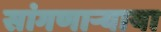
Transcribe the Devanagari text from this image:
सांगणार्‍याया